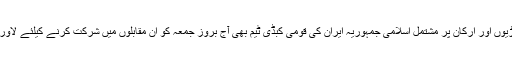
22 کھیلاڑیوں اور ارکان پر مشتمل اسلامی جمہوریہ ایران کی قومی کبڈی ٹیم بھی آج بروز جمعہ کو ان مقابلوں میں شرکت کرنے کیلئے لاور پہنچ گئی۔